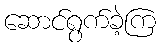
ဆောင်ရွက်ခဲ့ကြ